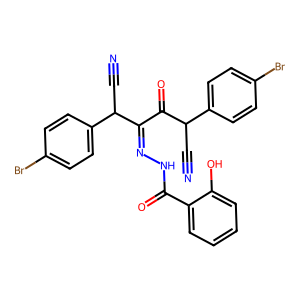
SMILES: N#CC(C(=O)C(=NNC(=O)c1ccccc1O)C(C#N)c1ccc(Br)cc1)c1ccc(Br)cc1
Inhibits HIV replication: No